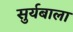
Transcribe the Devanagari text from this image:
सुर्यबाला